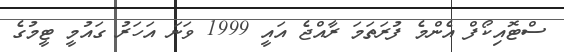
ސްޓޮއިކޯފް އެންމެ ފުރަތަަމަ ރާއްޖެ އައީ 1999 ވަނަ އަހަރު ގައުމީ ޓީމުގެ